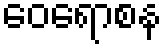
ဝေရောစန